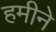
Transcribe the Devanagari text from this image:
हमीने